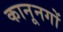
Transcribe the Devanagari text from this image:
कानूनगों